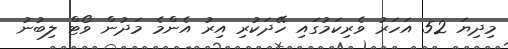
މިދިޔަ 52 އަހަރު ވެރިކަމުގައި ހޭދަކުރި އިރު އެންމެ މަދުން ވޯޓް ލިބުނު